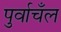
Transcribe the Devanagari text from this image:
पुर्वाचँल